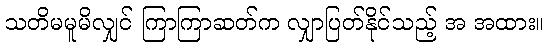
သတိမမူမိလျှင် ကြာကြာဆတ်က လျှာပြတ်နိုင်သည့် အ အထား။